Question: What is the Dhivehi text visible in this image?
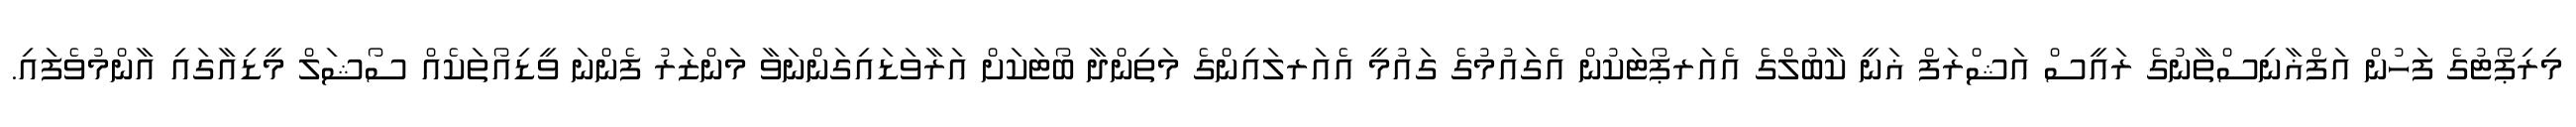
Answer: މިރިޕޯޓުގެ ފަހުން އަފްޣާނިސްތާނުގެ ރައީސް އަޝްރަފް ޣަނީ ކާބުލްގެ އެއަރޕޯޓަކުން އެގައުމުގެ ގައުމީ އެއަރލައިންގެ މަތިންދާ ބޯޓަކަށް އަރާވަޑައިގަންނަވާ މަންޒަރު ފެންނަ ވީޑިއޯތަކެއް ސޯޝަލް މީޑިއާގައި އާންމުވެފައި.